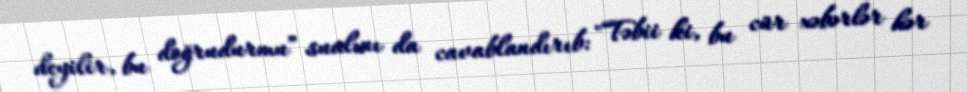
deyilir, bu doğrudurmu” sualını da cavablandırıb: "Təbii ki, bu cür xəbərlər hər